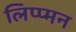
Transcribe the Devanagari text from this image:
लिप्प्मन